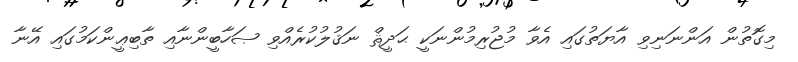
މިގޮތުން އަންނަނިވި އާޔަތުގައި އެވާ މުޖުރިމުންނަކީ ޙަދީޘް ނަޤުލުކުރެއްވި ޞަހާބީންނާއި ތާބިޢީންކަމުގައި އޭނާ